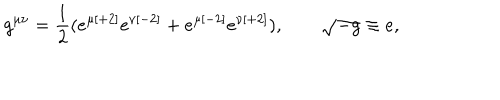
LaTeX: g ^ { \mu \nu } = { \frac { 1 } { 2 } } ( e ^ { \mu { [ + 2 ] } } e ^ { \nu { [ - 2 ] } } + e ^ { \mu { [ - 2 ] } } e ^ { \nu { [ + 2 ] } } ) , \qquad \sqrt { - g } \equiv e ,